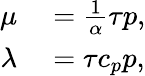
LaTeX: \begin{array}{rl}{\mu}&{{}=\frac{1}{\alpha}\tau p,}\\ {\lambda}&{{}=\tau c_{p}p,}\end{array}